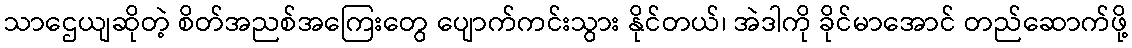
သာဌေယျဆိုတဲ့ စိတ်အညစ်အကြေးတွေ ပျောက်ကင်းသွား နိုင်တယ်၊ အဲဒါကို ခိုင်မာအောင် တည်ဆောက်ဖို့